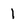
Character: 1